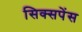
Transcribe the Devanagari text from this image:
सिक्सपेंस